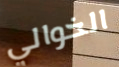
الخوالي